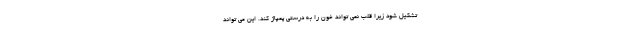
تشکیل شود زیرا قلب نمی تواند خون را به درستی پمپاژ کند. این می تواند